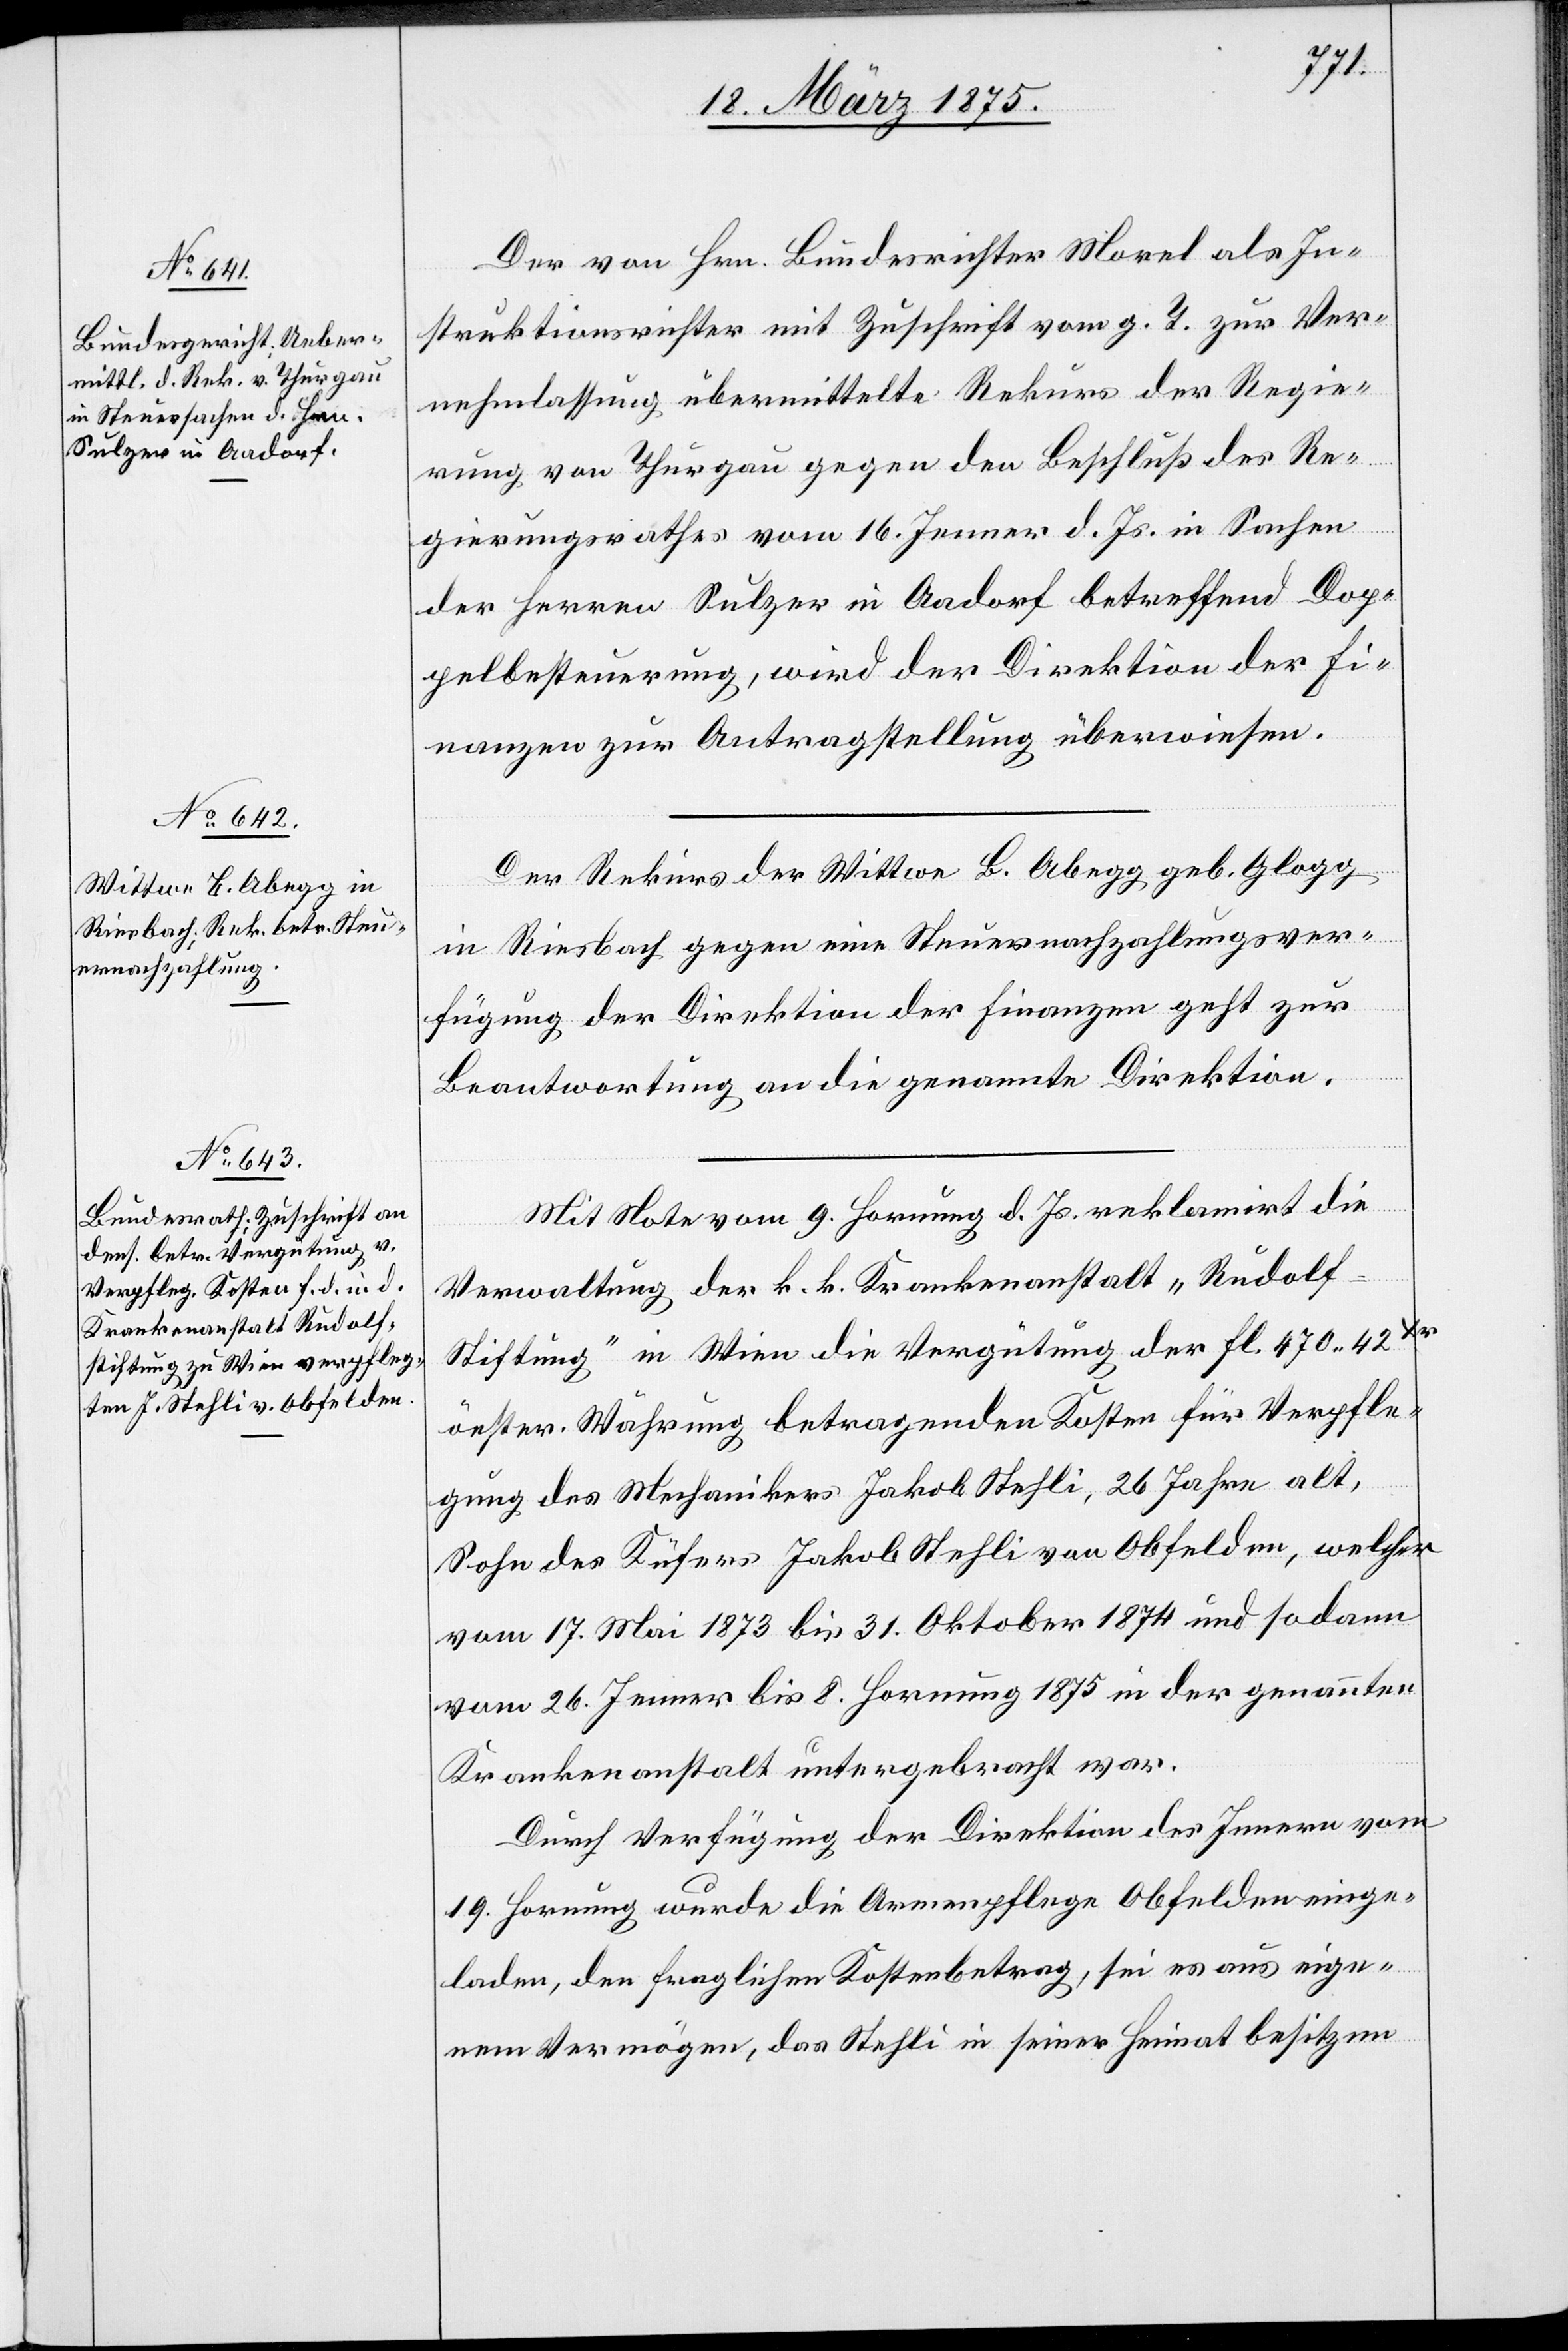
18. März 1875.]
Der von Hrn. Bundesrichter Morel als In¬
struktionsrichter mit Zuschrift vom g. T. zur Ver¬
nehmlassung übermittelte Rekurs der Regie¬
rung von Thurgau gegen den Beschluß des Re¬
gierungsrathes vom 16. Jenner d. Js. in Sachen
der Herren Sulzer in Aadorf betreffend Dop¬
pelbesteuerung, wird der Direktion der Fi¬
nanzen zur Antragstellung überwiesen.
Der Rekurs der Wittwe B. Abegg geb. Glogg
in Riesbach gegen eine Steuernachzahlungsver¬
fügung der Direktion der Finanzen geht zur
Beantwortung an die genannte Direktion
Mit Note vom 9. Hornung d. Js. reklamirt die
Verwaltung der k. k. Krankenanstalt „Rudolf-S¬
tiftung“ in Wien die Vergütung der Fl. 470 42Xr
öester. Währung betragenden Kosten für Verpfle¬
gung des Mechanikers Jakob Stehli, 26 Jahre alt,
Sohn des Küfers Jakob Stehli von Obfelden, welcher
vom 17. Mai 1873 bis 31. Oktober 1874 und so dann
vom 26. Jenner bis 8. Hornung 1875 in der genannten
Krankenanstalt untergebracht war.
Durch Verfügung der Direktion des Innern vom
19. Hornung wurde die Armenpflege Obfelden einge¬
laden, den fraglichen Kosten betrag, sei es aus eige¬
nem Vermögen, das Stehli in seiner Heimat besitzen